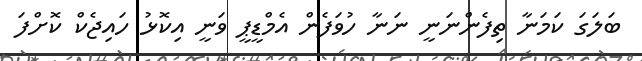
ބަލަގަ ކަމަނާ ތިފެންނަނީ ނަނާ ހުވަފެން އެމްޑީޕީ ވަނީ އިކޮޅު ހައިޖެކް ކޮށްފަ